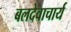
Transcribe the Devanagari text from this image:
बलदेवाचार्य